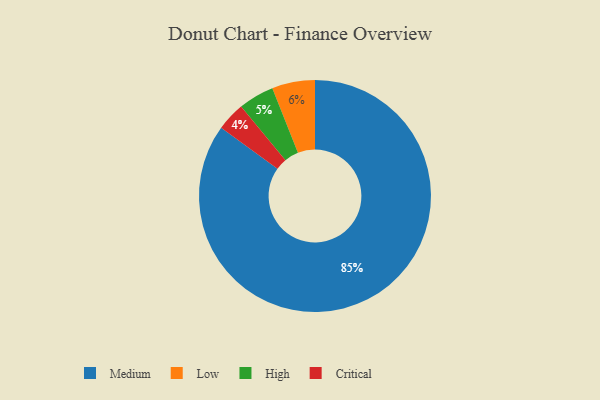
{"axis": {"x": "Category", "y": "Percentage"}, "legend": ["Critical", "High", "Low", "Medium"], "data": [{"x": "Critical", "y": 4, "type": "Critical"}, {"x": "High", "y": 5, "type": "High"}, {"x": "Low", "y": 6, "type": "Low"}, {"x": "Medium", "y": 85, "type": "Medium"}]}